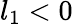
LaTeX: l_{1}<0